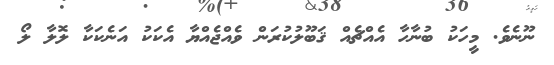
ނޫނެވެ. މީހަކު ބުނާހާ އެއްޗެއް ޤަބޫލުކުރަން ވެއްޖެއްޔާ އެކަކު އަނެކަކާ ލޮލާ ލޯ